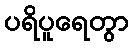
ပရိပူရေတွာ